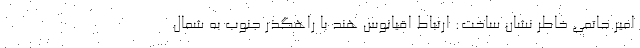
امیر حاتمی خاطر نشان ساخت: ارتباط اقیانوس هند با راهگذر جنوب به شمال